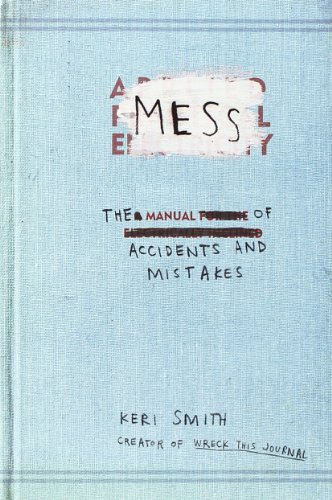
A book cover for Mess: The Manual of Accidents and Mistakes; Keri Smith; Crafts, Hobbies & Home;